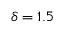
\delta = 1 . 5